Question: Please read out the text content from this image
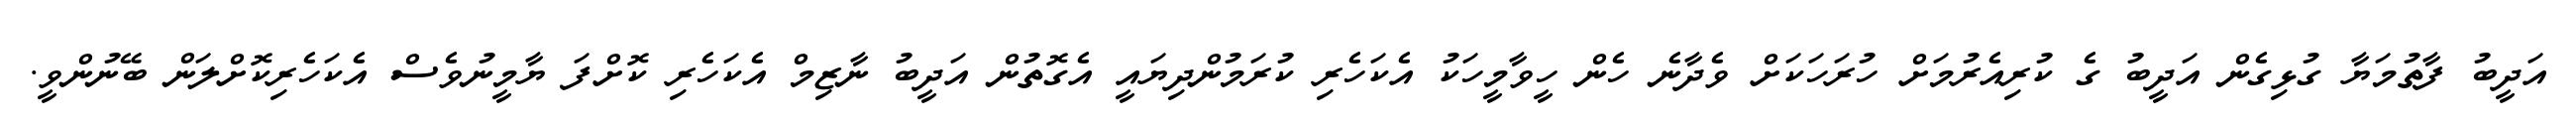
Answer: އަދީބު ފާތުމަޔާ ގުޅިގެން އަދީބު ގެ ކުރިއެރުމަށް ހުރަހަކަށް ވެދާނެ ހެން ހީވާމީހަކު އެކަހެރި ކުރަމުންދިޔައީ އެގޮތުން އަދީބު ނާޒިމް އެކަހެރި ކޮށްފަ ޔާމީނުވެސް އެކަހެރިކޮށްލަން ބޭނުންވީ.